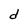
Character: d